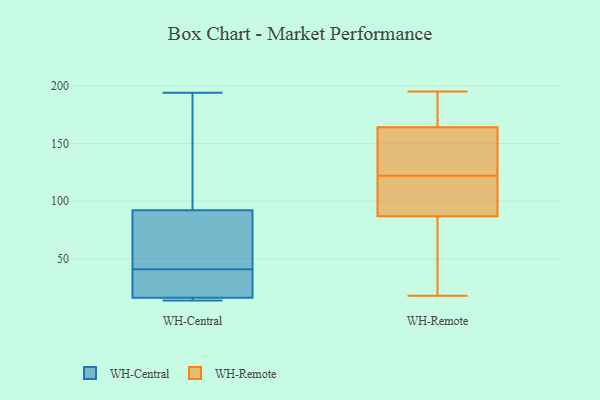
{"axis": {"x": "Market Share (%)", "y": "Value"}, "legend": ["WH-Central", "WH-Remote"], "data": [{"x": "", "y": 120, "type": "WH-Central"}, {"x": "", "y": 194, "type": "WH-Central"}, {"x": "", "y": 34, "type": "WH-Central"}, {"x": "", "y": 14, "type": "WH-Central"}, {"x": "", "y": 15, "type": "WH-Central"}, {"x": "", "y": 194, "type": "WH-Central"}, {"x": "", "y": 99, "type": "WH-Central"}, {"x": "", "y": 103, "type": "WH-Central"}, {"x": "", "y": 56, "type": "WH-Central"}, {"x": "", "y": 64, "type": "WH-Central"}, {"x": "", "y": 72, "type": "WH-Central"}, {"x": "", "y": 17, "type": "WH-Central"}, {"x": "", "y": 15, "type": "WH-Central"}, {"x": "", "y": 28, "type": "WH-Central"}, {"x": "", "y": 14, "type": "WH-Central"}, {"x": "", "y": 68, "type": "WH-Central"}, {"x": "", "y": 41, "type": "WH-Central"}, {"x": "", "y": 31, "type": "WH-Central"}, {"x": "", "y": 16, "type": "WH-Central"}, {"x": "", "y": 69, "type": "WH-Remote"}, {"x": "", "y": 170, "type": "WH-Remote"}, {"x": "", "y": 150, "type": "WH-Remote"}, {"x": "", "y": 169, "type": "WH-Remote"}, {"x": "", "y": 127, "type": "WH-Remote"}, {"x": "", "y": 134, "type": "WH-Remote"}, {"x": "", "y": 45, "type": "WH-Remote"}, {"x": "", "y": 18, "type": "WH-Remote"}, {"x": "", "y": 195, "type": "WH-Remote"}, {"x": "", "y": 193, "type": "WH-Remote"}, {"x": "", "y": 87, "type": "WH-Remote"}, {"x": "", "y": 103, "type": "WH-Remote"}, {"x": "", "y": 33, "type": "WH-Remote"}, {"x": "", "y": 138, "type": "WH-Remote"}, {"x": "", "y": 106, "type": "WH-Remote"}, {"x": "", "y": 117, "type": "WH-Remote"}, {"x": "", "y": 164, "type": "WH-Remote"}, {"x": "", "y": 104, "type": "WH-Remote"}]}